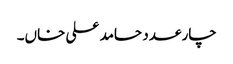
چار عدد حامد علی خاں۔